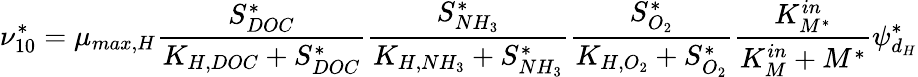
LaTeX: \nu_{10}^{*}=\mu_{max,H}\frac{S_{DOC}^{*}}{K_{H,DOC}+S_{DOC}^{*}}\frac{S_{NH_{3}}^{*}}{K_{H,NH_{3}}+S_{NH_{3}}^{*}}\frac{S_{O_{2}}^{*}}{K_{H,O_{2}}+S_{O_{2}}^{*}}\frac{K_{M^{*}}^{in}}{K_{M}^{in}+M^{*}}\psi_{d_{H}}^{*}